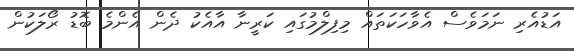
އަޑުއެރި ނަމަވެސް އެވާހަކަތައް މިފިލްމުގައި ކަރީނާ އާއެކު ދެން އެންމެ ބޮޑު ރޯލަކުން